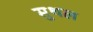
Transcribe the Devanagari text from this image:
सुथल